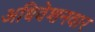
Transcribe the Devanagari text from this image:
अधिवेशनवार